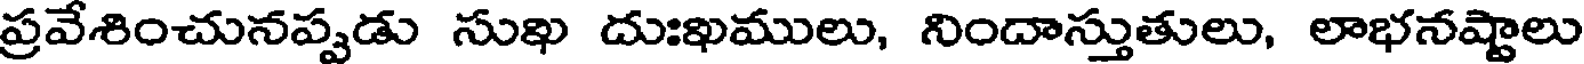
ప్రవేశించునప్పడు సుఖ దుఃఖములు, నిందాస్తుతులు, లాభనష్టాలు